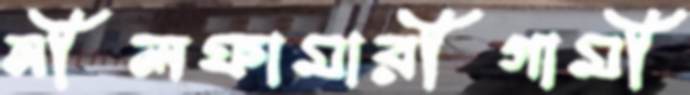
নীলফামারীগামী